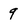
Character: 9